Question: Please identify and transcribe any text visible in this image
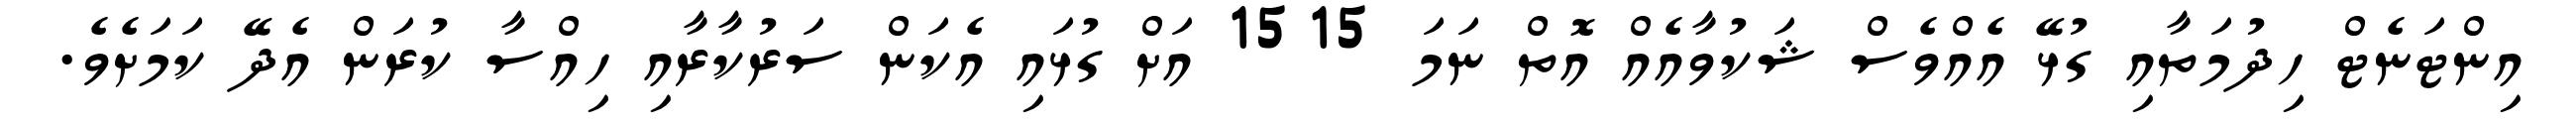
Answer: އިންޓަނެޓް ހިދުމަތާއި ގުޅޭ އެއްވެސް ޝަކުވާއެއް އޮތް ނަމަ 1515 އަށް ގުޅައި އެކަން ސަރުކާރާއި ހިއްސާ ކުރަން އެދޭ ކަމަށެވެ.